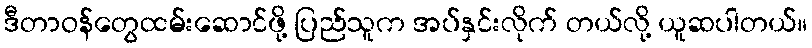
ဒီတာဝန်တွေထမ်းဆောင်ဖို့ ပြည်သူက အပ်နှင်းလိုက် တယ်လို့ ယူဆပါတယ်။